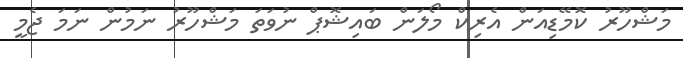
މަޝްހޫރު ކޮމޭޑިއަން އެރިކް މޯލަން ބައިޝޮޕް ނުވަތަ މަޝްހޫރު ނަމުން ނަމަ ޖެމީ